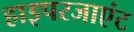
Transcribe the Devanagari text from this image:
हाइपरजाएंट